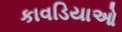
કાવડિયાઓ